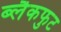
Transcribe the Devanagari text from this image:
ब्लैकफुट